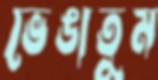
ভেঙাতুম